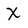
Character: X